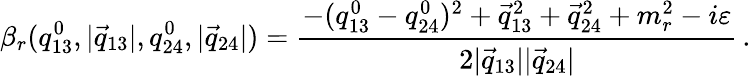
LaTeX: \beta_{r}(q_{13}^{0},|\vec{q}_{13}|,q_{24}^{0},|\vec{q}_{24}|)=\frac{-(q_{13}^{0}-q_{24}^{0})^{2}+\vec{q}_{13}^{2}+\vec{q}_{24}^{2}+m_{r}^{2}-i\varepsilon}{2|\vec{q}_{13}||\vec{q}_{24}|}\, .